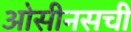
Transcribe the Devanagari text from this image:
ओसीनसची